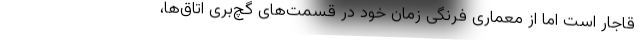
قاجار است اما از معماری فرنگی زمان خود در قسمت‌های گچ‌بری اتاق‌ها،